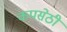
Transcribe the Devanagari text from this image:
कपसेठी